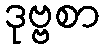
ဒုဗ္ဗစာ